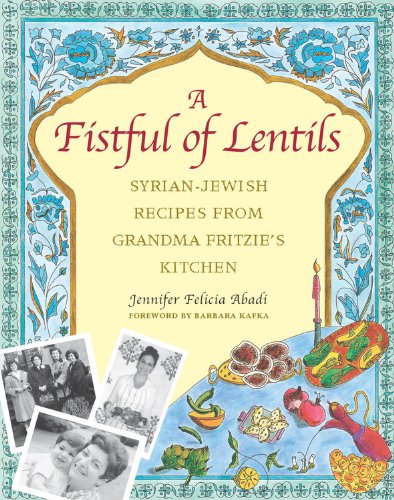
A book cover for A Fistful of Lentils: Syrian-Jewish Recipes from Grandma Fritzie's Kitchen; Jennifer Felicia Abadi; Cookbooks, Food & Wine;